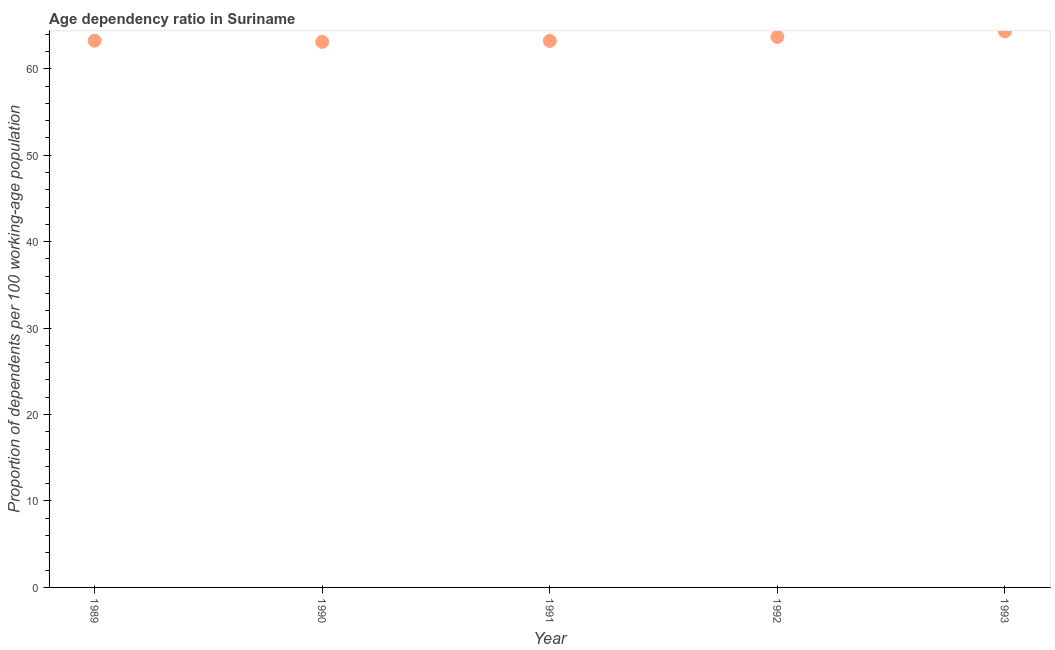
| Year | Age dependency ratio (% of working-age population) |
 | --- | --- |
 | 1989 | 63.3 |
 | 1990 | 63.1 |
 | 1991 | 63.2 |
 | 1992 | 63.7 |
 | 1993 | 64.3 |